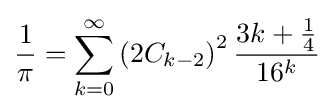
{\frac {1}{\pi }}=\sum _{k=0}^{\infty }\left(2C_{k-2}\right)^{2}{\frac {3k+{\frac {1}{4}}}{16^{k}}}